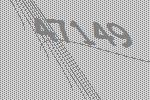
47149